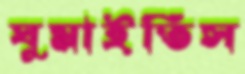
ঘুমাইতিস